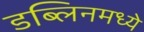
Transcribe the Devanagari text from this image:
डब्लिनमध्ये